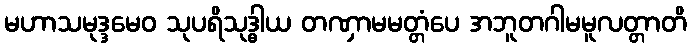
မဟာသမုဒ္ဒမေဝ သုပရိသုဒ္ဓါယ တဏှာမမတ္တံပေ အဘူတဂါမမူလတ္တာတိ